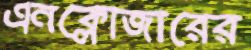
এনক্লোজারের